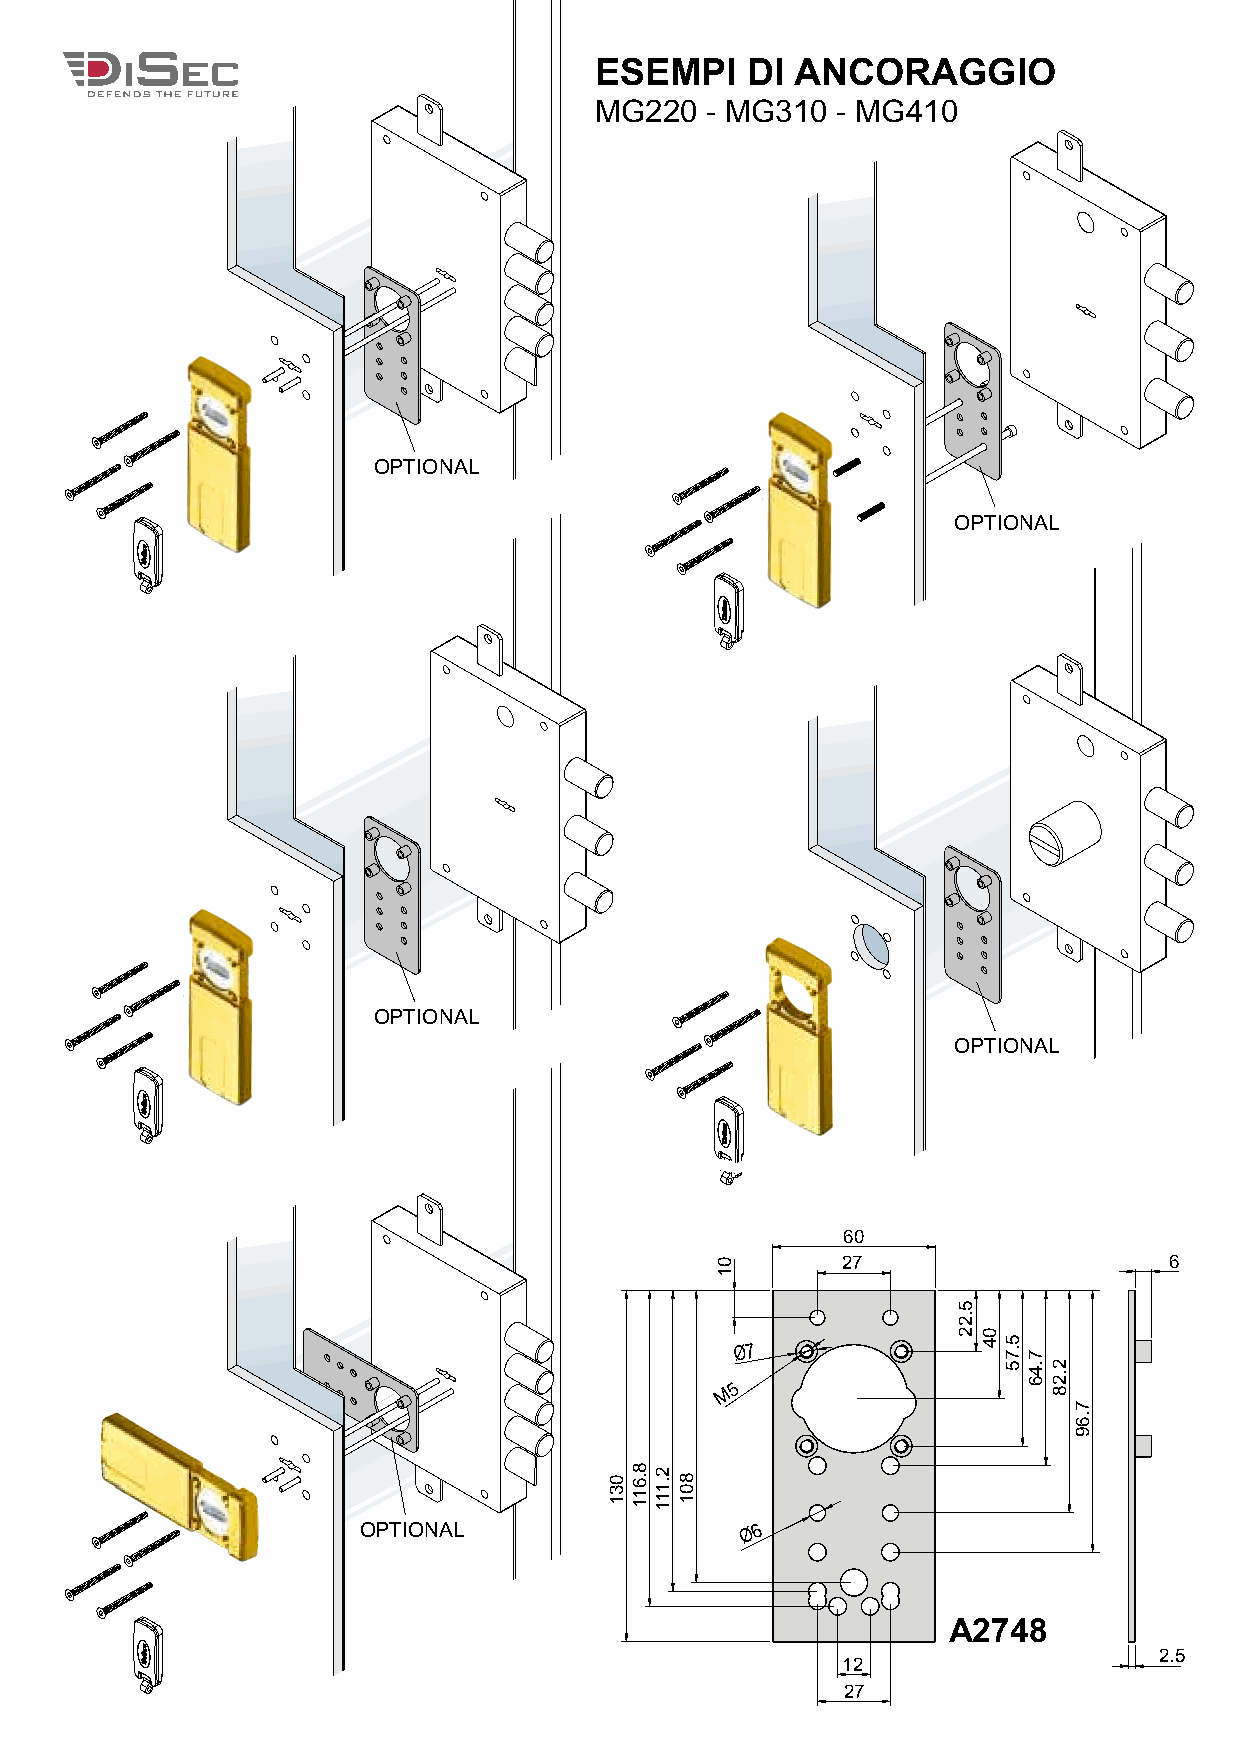
ESEMPI    DI  ANCORAGGIO
 MG220   - MG310 - MG410
 OPTIONAL
 OPTIONAL
 OPTIONAL
 OPTIONAL
 60
 27                   6
 Ø7
 M 5
 OPTIONAL                 Ø 6
 A2748
 2.5
 12
 27
 031
 8.611 2.111
 801
 01
 5.22
 04
 5.75
 7.46
 2.28
 7.69